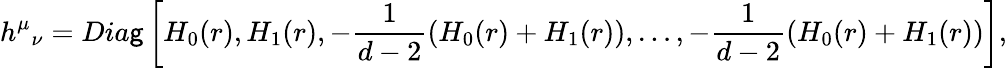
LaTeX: {h^{\mu}}_{\nu}=Dia\mathsf{g}\left[H_{0}(r),H_{1}(r),-\frac{{1}}{{d-2}}\left(H_{0}(r)+H_{1}(r)\right),\ldots,-\frac{{1}}{{d-2}}\left(H_{0}(r)+H_{1}(r)\right)\right],